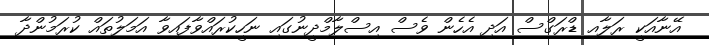
އޭނާއަކީ ރަލާއި ޑްރަގްސް އަދި އެހެން ވެސް އިސްލާމްދީނުގައި ނަހީކުރައްވާފައިވާ އަމަލުތައް ކުރަމުންދާ